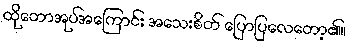
ထိုတောအုပ်အကြောင်း အသေးစိတ် ပြောပြလေတော့၏။